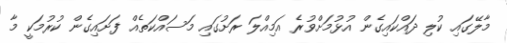
މާލޭގައި ކުލި ދައްކައިގެން އުޅުމަށްވުރެ އަމިއްލަ ރަށުގައި މަސައްކަތެއް ފަށައިގެން ކުރުމަކީ މާ